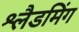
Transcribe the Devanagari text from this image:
श्लैडमिंग